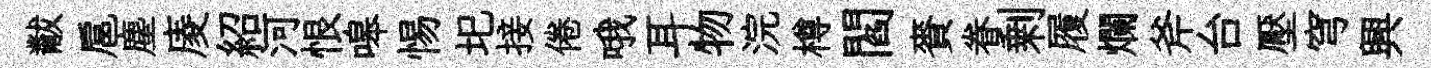
黻扈塵庱紹河恨嗥惕圯接倦哦耳物浣樽閻賚眷剰履爛斧台壓穹興